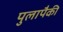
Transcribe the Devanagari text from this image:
पुलापैकी